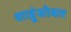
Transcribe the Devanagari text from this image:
शाहूंसोबत